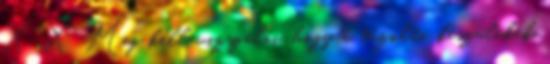
X X Meg kell vizsgálni, hogy a tûzoltó készülékek